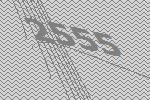
2555